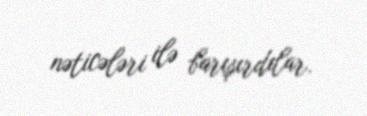
nəticələri ilə barışırdılar.